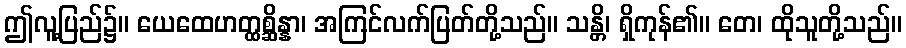
ဤလူ့ပြည်၌။ ယေထေဟတ္ထစ္ဆိန္နာ၊ အကြင်လက်ပြတ်တို့သည်။ သန္တိ၊ ရှိကုန်၏။ တေ၊ ထိုသူတို့သည်။